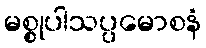
မစ္စုပါသပ္ပမောစနံ